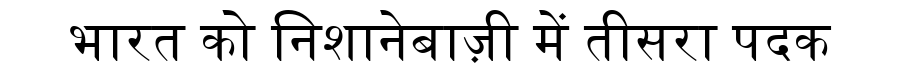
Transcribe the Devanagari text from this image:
भारत को निशानेबाज़ी में तीसरा पदक